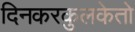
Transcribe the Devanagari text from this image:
दिनकरकुलकेतो